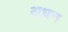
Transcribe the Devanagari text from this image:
अधन